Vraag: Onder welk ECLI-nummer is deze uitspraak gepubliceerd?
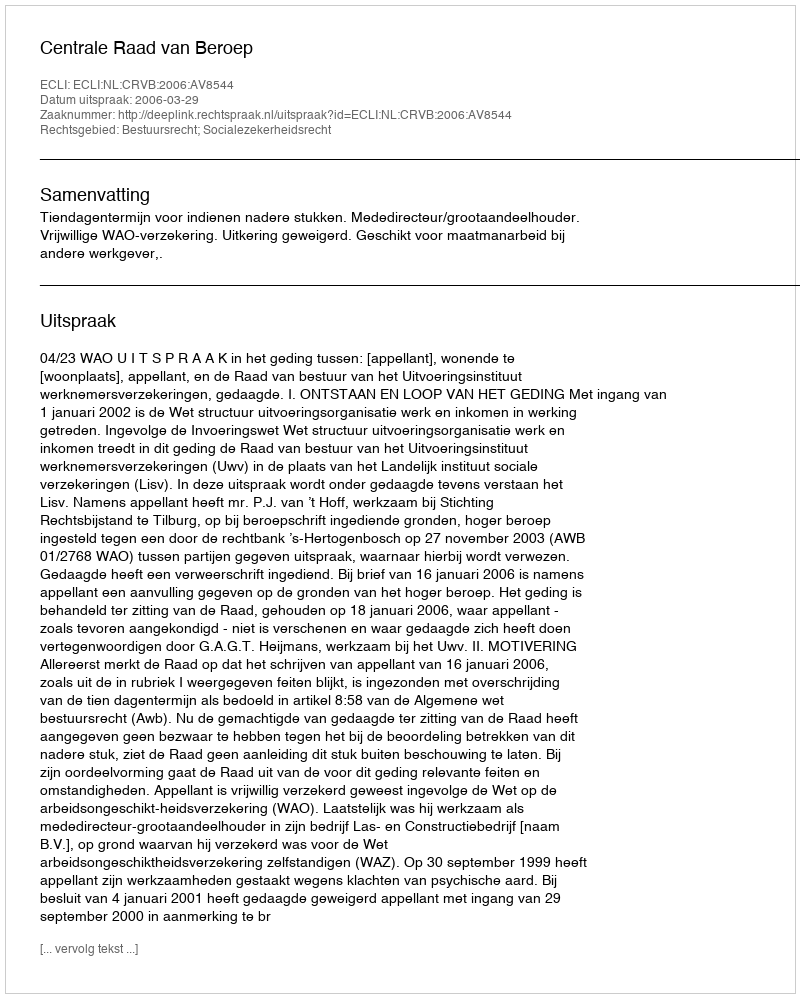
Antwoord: ECLI:NL:CRVB:2006:AV8544